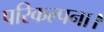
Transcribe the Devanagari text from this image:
परिकल्पना।